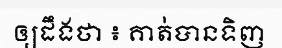
ឲ្យដឹងថា ៖ គាត់បានទិញ